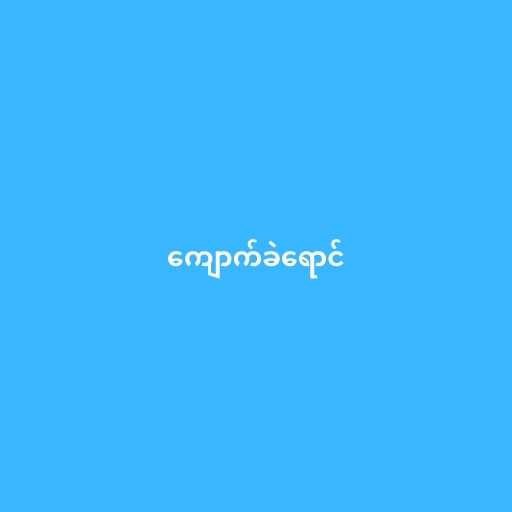
ကျောက်ခဲရောင်